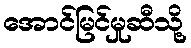
အောင်မြင်မှုဆီသို့